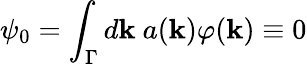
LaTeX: \psi_{0}=\int_{\Gamma}d\mathbf{k}~a(\mathbf{k})\varphi(\mathbf{k})\equiv0